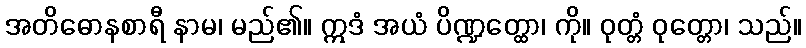
အတိဓောနစာရီ နာမ၊ မည်၏။ ဣဒံ အယံ ပိဏ္ဍတ္ထော၊ ကို။ ဝုတ္တံ ဝုတ္တော၊ သည်။